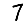
Digit: 7